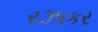
રઝાકર